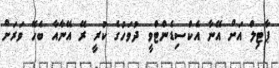
ޕާޓިލް އަށް އޭނާ އެކްސިޑެންޓްވީ ދުވަހުގެ ކުރީ ރޭ އޭނާއާ ބެހޭ ވަރަށް